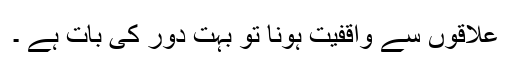
علاقوں سے واقفیت ہونا تو بہت دور کی بات ہے ۔